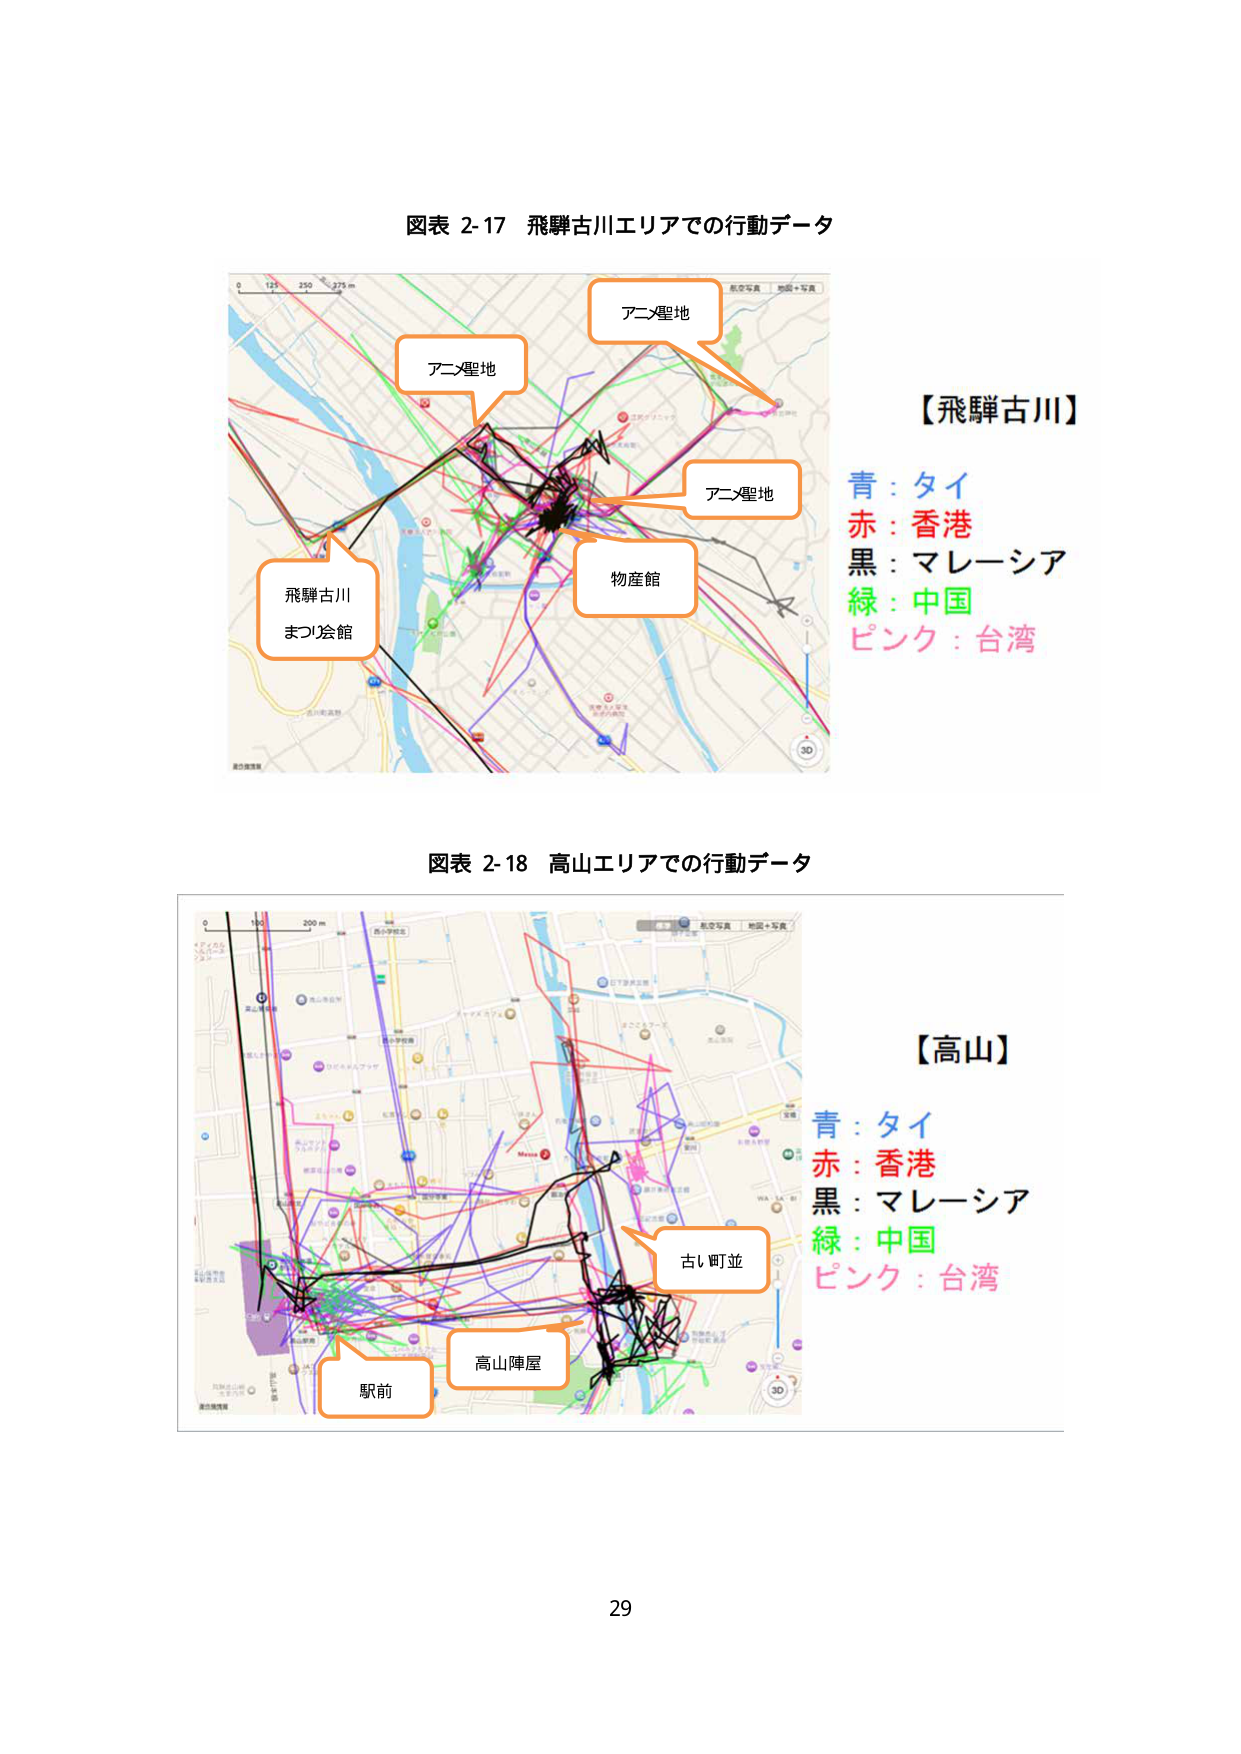
図表 2-17 飛騨古川エリアでの行動データ
【飛騨古川】
青：タイ
赤：香港
黒：マレーシア
緑：中国
ピンク：台湾
アニメ聖地
アニメ聖地
アニメ聖地
物産館
飛騨古川
まつり会館

図表 2-18 高山エリアでの行動データ
【高山】
青：タイ
赤：香港
黒：マレーシア
緑：中国
ピンク：台湾
古し町並
高山陣屋
駅前

29